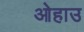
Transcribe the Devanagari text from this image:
ओहाउ